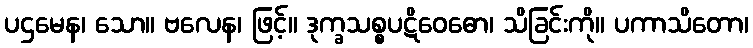
ပဌမေန၊ သော။ ဗလေန၊ ဖြင့်။ ဒုက္ခသစ္စပဋိဝေဓော၊ သိခြင်းကို။ ပကာသိတော၊